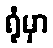
ရုံမှာ